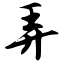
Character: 弄